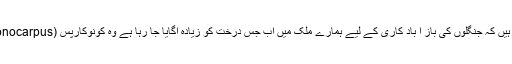
اطلاعات ہیں کہ جنگلوں کی باز آ باد کاری کے لیے ہمارے ملک میں اب جس درخت کو زیادہ اگایا جا رہا ہے وہ کونوکارپس (Conocarpus) ہے۔